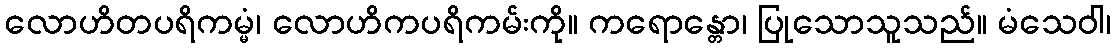
လောဟိတပရိကမ္မံ၊ လောဟိကပရိကမ်းကို။ ကရောန္တော၊ ပြုသောသူသည်။ မံသေဝါ၊